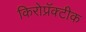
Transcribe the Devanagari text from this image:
किरोप्रॅक्टीक